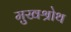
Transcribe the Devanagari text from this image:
मुखश्रोथ